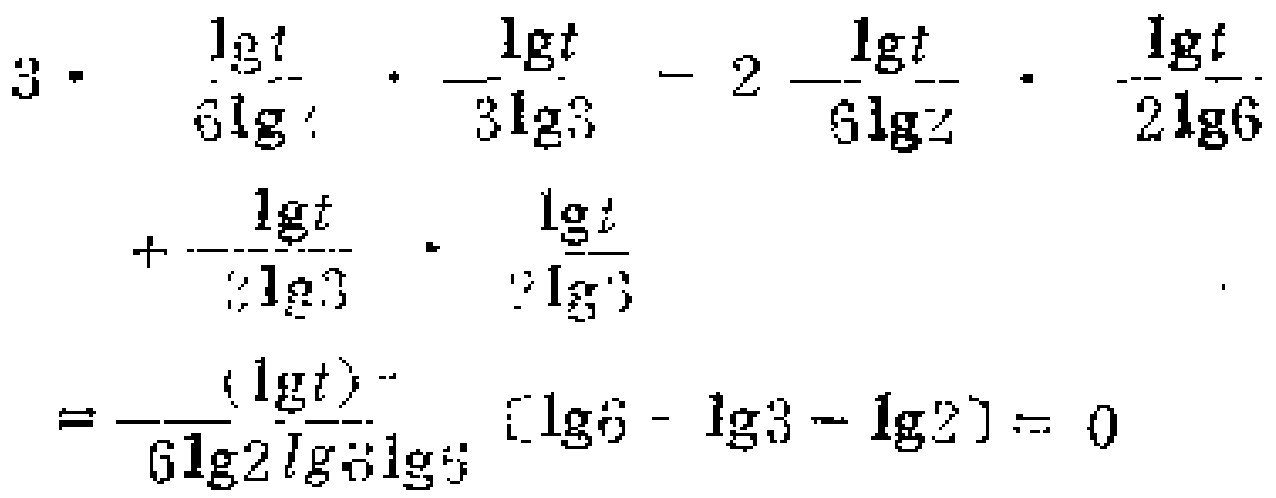
\[
\begin{align*}
&3\cdot\frac{\lg t}{6\lg2}\cdot\frac{\lg t}{3\lg3}-2\cdot\frac{\lg t}{6\lg2}\cdot\frac{\lg t}{2\lg6}+\frac{\lg t}{2\lg3}\cdot\frac{\lg t}{2\lg3}\\
=&\frac{(\lg t)^2}{6\lg2\lg3\lg6}[\lg6 - \lg3-\lg2]=0
\end{align*}
\]